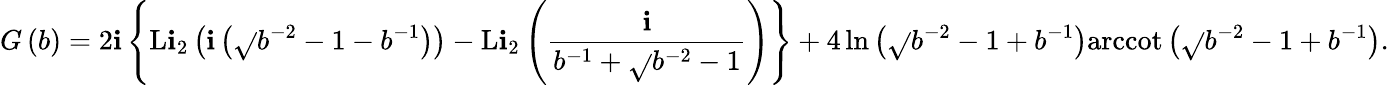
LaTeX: G\left(b\right)=2\mathbf{i}\left\{ \mathrm{{L}}{{\mathrm{{\mathbf{i}}}}_{2}}\left(\mathbf{i}\left(\sqrt{}{{{{b}^{-2}}-1}}-{{b}^{-1}}\right)\right)-\mathrm{{L}}{{\mathrm{{\mathbf{i}}}}_{2}}\left(\frac{{\mathbf{i}}}{{{{b}^{-1}}+\sqrt{}{{{{b}^{-2}}-1}}}}\right)\right\} +4\ln\left(\sqrt{}{{{{b}^{-2}}-1}}+{{b}^{-1}}\right)\mathrm{{arccot}}\left(\sqrt{}{{{{b}^{-2}}-1}}+{{b}^{-1}}\right).